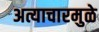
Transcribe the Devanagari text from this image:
अत्याचारमुळे